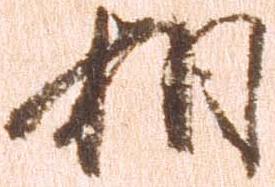
相